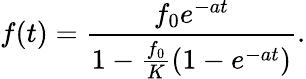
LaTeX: f(t)=\frac{f_{0}e^{-at}}{1-\frac{f_{0}}{K}(1-e^{-at})}.